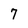
Character: 7